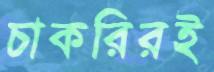
চাকরিরই